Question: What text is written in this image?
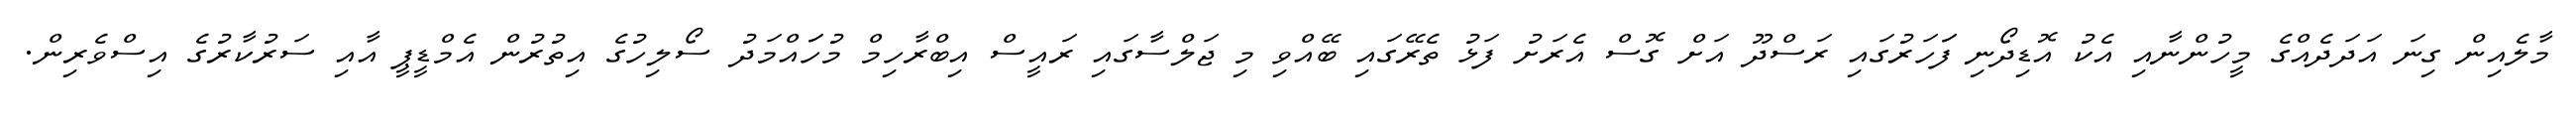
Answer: މާލެއިން ގިނަ އަދަދެއްގެ މީހުންނާއި އެކު އޮޑިދޯނި ފަަހަރުގައި ރަސްދޫ އަށް ގޮސް އެރަށު ފަޅު ތެރޭގައި ބޭއްވި މި ޖަލްސާގައި ރައީސް އިބްރާހިމް މުހަައްމަދު ސޯލިހުގެ އިތުރުން އެމްޑީޕީ އާއި ސަރުކާރުގެ އިސްވެރިން.